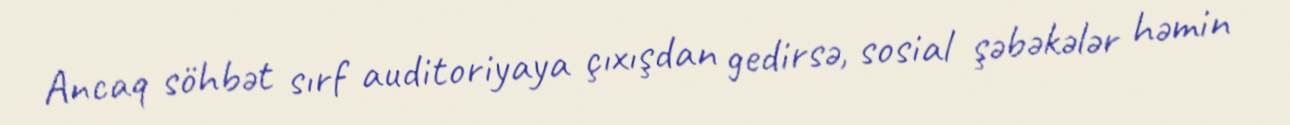
Ancaq söhbət sırf auditoriyaya çıxışdan gedirsə, sosial şəbəkələr həmin